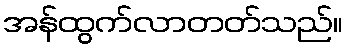
အန်ထွက်လာတတ်သည်။